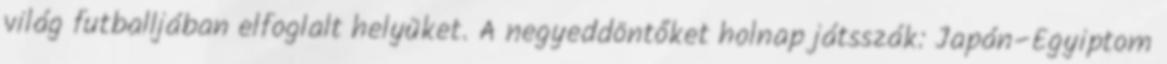
világ futballjában elfoglalt helyüket. A negyeddöntőket holnap játsszák: Japán–Egyiptom